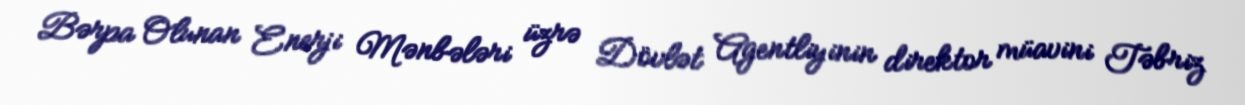
Bərpa Olunan Enerji Mənbələri üzrə Dövlət Agentliyinin direktor müavini Təbriz